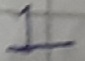
Text: 1